Report on vaccination in Madras 1895-1903 - 1895-1903
Year: 1895
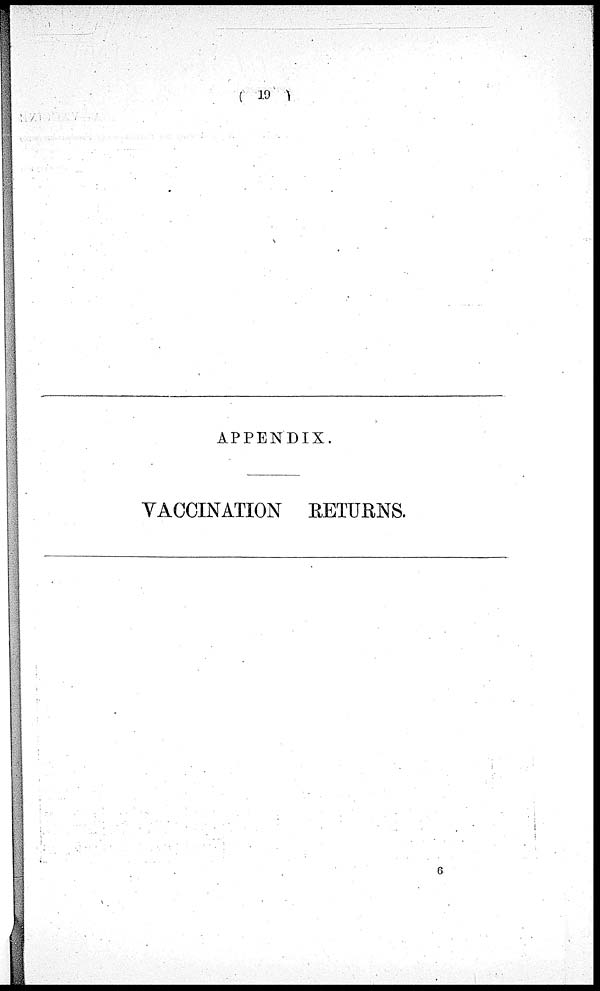
( 19 )
APPENDIX.
VACCINATION RETURNS.
6